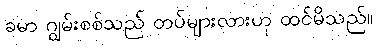
ခမာ ဂျွမ်းစစ်သည် တပ်များလားဟု ထင်မိသည်။